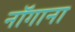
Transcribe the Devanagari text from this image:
नॉगाना